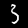
Label: 3